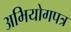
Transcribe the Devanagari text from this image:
अभियोगपत्र